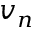
v _ { n }